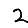
Digit: 2